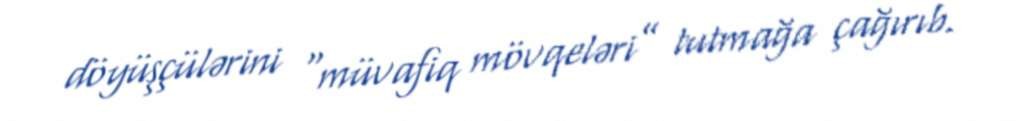
döyüşçülərini “müvafiq mövqeləri” tutmağa çağırıb.